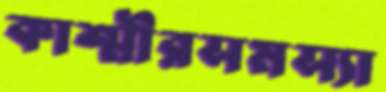
কাশ্মীরসমস্যা